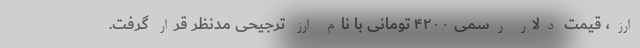
ارز، قیمت دلار رسمی ۴۲۰۰ تومانی با نام ارز ترجیحی مدنظر قرار گرفت.